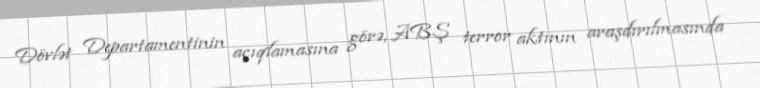
Dövlət Departamentinin açıqlamasına görə, ABŞ terror aktının araşdırılmasında